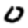
Digit: 0